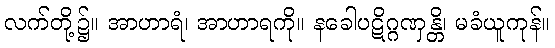
လက်တို့၌။ အာဟာရံ၊ အာဟာရကို။ နခေါပဋိဂ္ဂဏှန္တိ၊ မခံယူကုန်။